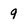
Character: 9